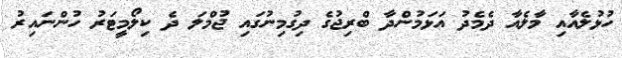
ހުޅުލެއާއި މާލެއާ ދެމެދު އަޅަމުންދާ ބްރިޖުގެ ދިގުމިނުގައި ޖުމްލަ ދެ ކިލޯމީޓަރު ހުންނައިރު